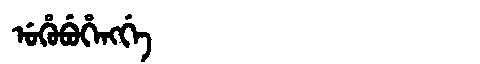
Manchu: ᡠᡥᡠᠪᡠᡥᡝᠩᡤᡝ
Romanization: UHUBUHENGGE